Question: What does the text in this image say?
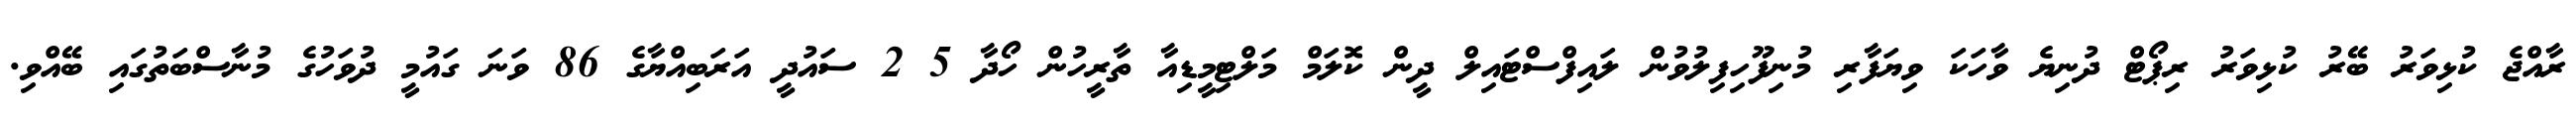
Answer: ރާއްޖެ ކުޅިވަރު ބޭރު ކުޅިވަރު ރިޕޯޓް ދުނިޔެ ވާހަކަ ވިޔަފާރި މުނިފޫހިފިލުވުން ލައިފްސްޓައިލް ދީން ކޮލަމް މަލްޓިމީޑިއާ ތާރީހުން ހޯދާ 5 2 ސައުދީ އަރަބިއްޔާގެ 86 ވަނަ ގައުމީ ދުވަހުގެ މުނާސްބަތުގައި ބޭއްވި.